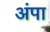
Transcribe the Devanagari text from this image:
अंपा